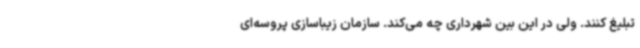
تبلیغ کنند. ولی در این بین شهرداری چه می‌کند. سازمان زیباسازی پروسه‌ای